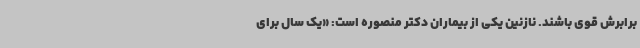
برابرش قوی باشند. نازنین یکی از بیماران دکتر منصوره است: «یک سال برای